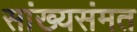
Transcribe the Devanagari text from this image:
सांख्यसंमत